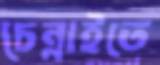
চেন্নাইতে